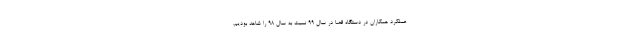
عملکرد همکاران در دستگاه قضا در سال ۹۹ نسبت به سال ۹۸ را شاهد بودیم.